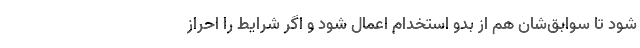
شود تا سوابق‌شان هم از بدو استخدام اعمال شود و اگر شرایط را احراز